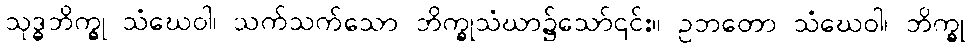
သုဒ္ဓဘိက္ခု သံဃေဝါ၊ သက်သက်သော ဘိက္ခုသံဃာ၌သော်၎င်း။ ဥဘတော သံဃေဝါ၊ ဘိက္ခု